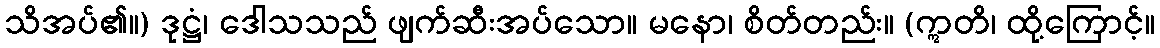
သိအပ်၏။) ဒုဋ္ဌံ၊ ဒေါသသည် ဖျက်ဆီးအပ်သော။ မနော၊ စိတ်တည်း။ (ဣတိ၊ ထို့ကြောင့်။